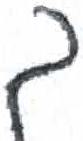
אות: ך